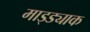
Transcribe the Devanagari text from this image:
माड्ड्याक